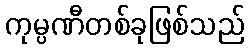
ကုမ္ပဏီတစ်ခုဖြစ်သည်